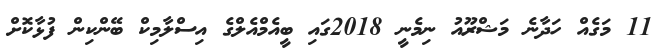
11 މަގެއް ހަދާނެ މަޝްރޫއު ނިމެނީ 2018ގައި ބީއެމްއެލްގެ އިސްލާމިކް ބޭންކިން ފުޅާކޮށް